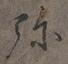
弥